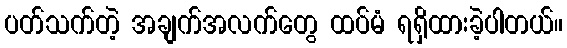
ပတ်သက်တဲ့ အချက်အလက်တွေ ထပ်မံ ရရှိထားခဲ့ပါတယ်။